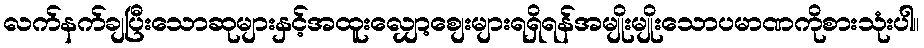
လက်နက်ချပြီးသောဆုများနှင့်အထူးလျှော့စျေးများရရှိရန်အမျိုးမျိုးသောပမာဏကိုစားသုံးပါ။